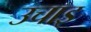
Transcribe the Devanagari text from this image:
उचाइ